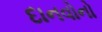
દાનવોનો